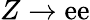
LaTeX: Z\to\mathrm{e}\mathrm{e}